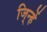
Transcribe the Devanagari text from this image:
जि्न्हें